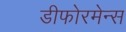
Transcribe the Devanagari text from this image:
डीफोरमेन्स